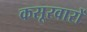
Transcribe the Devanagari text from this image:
कसूरवारों